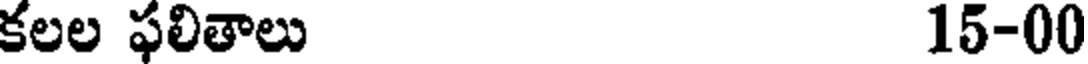
కలల ఫలితాలు 15-00